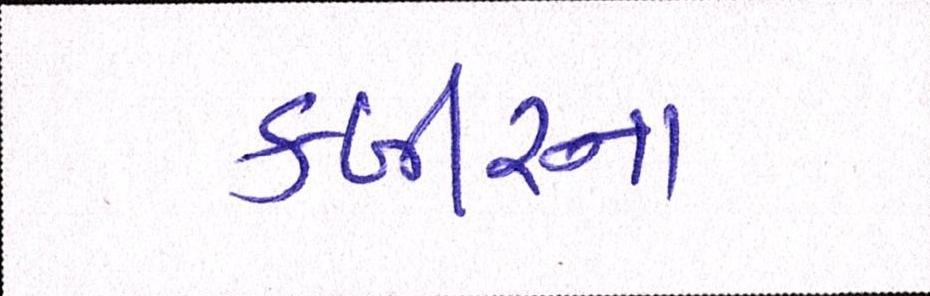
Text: કબીરના